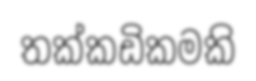
තක්කඩිකමකි